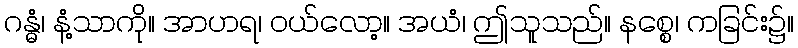
ဂန္ဓံ၊ နံ့သာကို။ အာဟရ၊ ဝယ်လော့။ အယံ၊ ဤသူသည်။ နစ္စေ၊ ကခြင်း၌။